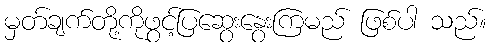
မှတ်ချက်တို့ကိုဖွင့်ပြဆွေးနွေးကြမည် ဖြစ်ပါ သည်။